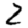
Digit: 2